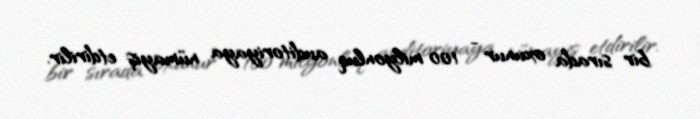
bir sırada oxunur - 100 milyonluq auditoriyaya nümayiş etdirilir.